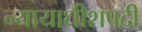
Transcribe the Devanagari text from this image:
न्यायाधीशपदी